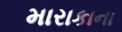
મારાકાના